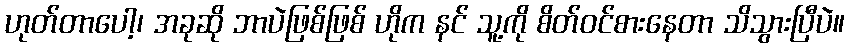
ဟုတ်တာပေါ့၊ အခုဆို ဘာပဲဖြစ်ဖြစ် ဟိုက နင် သူ့ကို စိတ်ဝင်စားနေတာ သိသွားပြီပဲ။